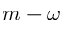
m - \omega